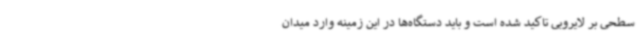
سطحی بر لایروبی تاکید شده است و باید دستگاه‌ها در این زمینه وارد میدان